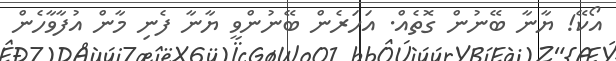
އޯކޭ! ޔާނާ ބޭނުން ގޮތެއް. އަހަރެން ބޭނުންވީ ޔާނާ ފެނި މާން އުފާވާހެން